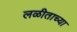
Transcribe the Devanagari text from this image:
लळीताच्या